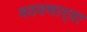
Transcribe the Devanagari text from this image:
वठवणार्‍या